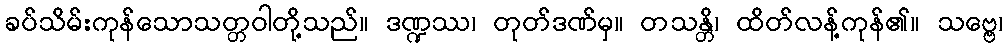
ခပ်သိမ်းကုန်သောသတ္တဝါတို့သည်။ ဒဏ္ဍဿ၊ တုတ်ဒဏ်မှ။ တသန္တိ၊ ထိတ်လန့်ကုန်၏။ သဗ္ဗေ၊